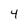
Character: 4